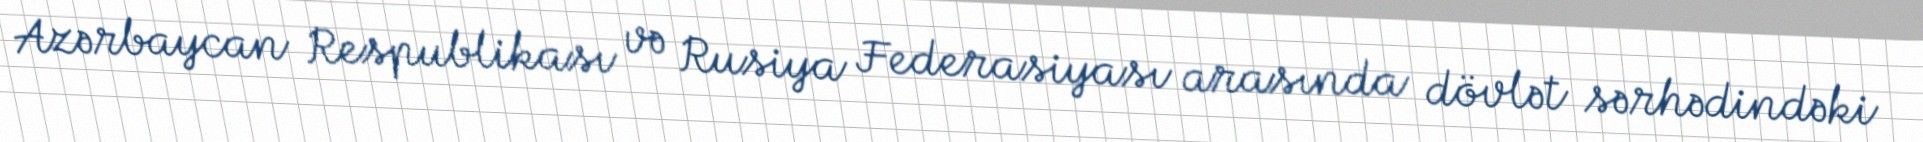
Azərbaycan Respublikası və Rusiya Federasiyası arasında dövlət sərhədindəki